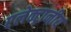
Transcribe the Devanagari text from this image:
एलेक्ट्रानीय